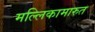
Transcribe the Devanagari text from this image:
मल्लिकामारुत